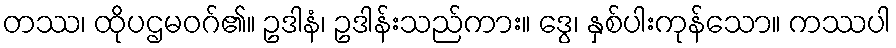
တဿ၊ ထိုပဌမဝဂ်၏။ ဥဒါနံ၊ ဥဒါန်းသည်ကား။ ဒွေ၊ နှစ်ပါးကုန်သော။ ကဿပါ